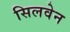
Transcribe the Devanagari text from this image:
सिलवेन